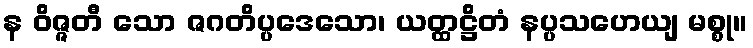
န ဝိဇ္ဇတီ သော ဇဂတိပ္ပဒေသော၊ ယတ္ထဋ္ဌိတံ နပ္ပသဟေယျ မစ္စု။